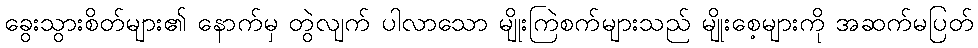
ခွေးသွားစိတ်များ၏ နောက်မှ တွဲလျက် ပါလာသော မျိုးကြဲစက်များသည် မျိုးစေ့များကို အဆက်မပြတ်